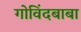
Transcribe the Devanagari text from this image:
गोविंदबाबा